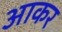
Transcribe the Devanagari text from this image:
अाकर